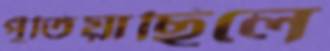
পুঁতিয়াছিলে